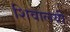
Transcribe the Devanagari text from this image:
शिवालयी